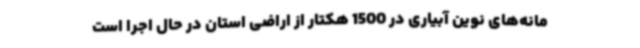
مانه‌های نوین آبیاری در 1500 هکتار از اراضی استان در حال اجرا است